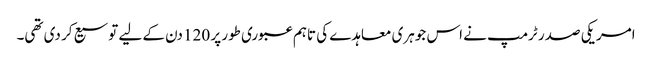
امریکی صدر ٹرمپ نے اس جوہری معاہدے کی تاہم عبوری طور پر 120 دن کے لیے توسیع کر دی تھی۔